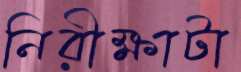
নিরীক্ষাটা